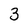
Character: 3